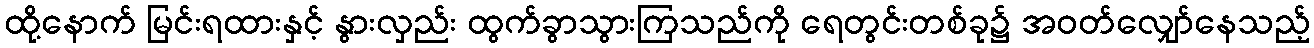
ထို့နောက် မြင်းရထားနှင့် နွားလှည်း ထွက်ခွာသွားကြသည်ကို ရေတွင်းတစ်ခု၌ အဝတ်လျှော်နေသည့်